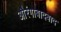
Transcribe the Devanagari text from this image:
औरंगाबादबाद